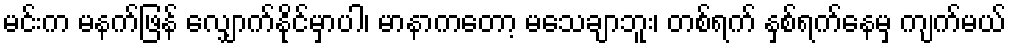
မင်းက မနက်ဖြန် လျှောက်နိုင်မှာပါ၊ မာနာကတော့ မသေချာဘူး၊ တစ်ရက် နှစ်ရက်နေမှ ကျက်မယ်